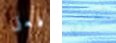
فعلى تخبري